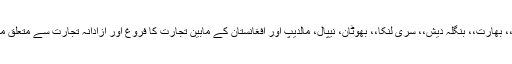
انہوں نے کہا کہ سارک ممالک، پاکستان،، بھارت،، بنگلہ دیش،، سری لنکا،، بھوٹان، نیپال، مالدیپ اور افغانستان کے مابین تجارت کا فروغ اور آزادانہ تجارت سے متعلق معاملات ایجنڈے میں سر فہرست ہو نگے۔